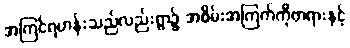
အကြင်ရဟန်းသည်လည်းရွာ၌ အစိမ်းအကြက်ကိုတရားနှင့်